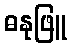
ဓနုဖြူ